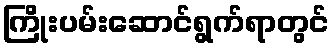
ကြိုးပမ်းဆောင်ရွက်ရာတွင်